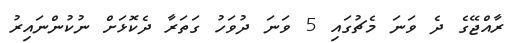
ރާއްޖޭގެ ދެ ވަނަ މެޗުގައި 5 ވަނަ ދުވަހު ގަތަރާ ދެކޮޅަށް ނުކުންނައިރު